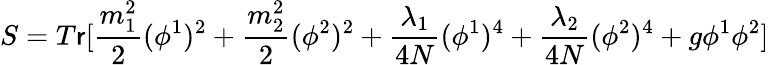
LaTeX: S=T\mathsf{r}[\frac{{m_{1}^{2}}}{{2}}(\phi^{1})^{2}+\frac{{m_{2}^{2}}}{{2}}(\phi^{2})^{2}+\frac{{\lambda_{1}}}{{4N}}(\phi^{1})^{4}+\frac{{\lambda_{2}}}{{4N}}(\phi^{2})^{4}+g\phi^{1}\phi^{2}]